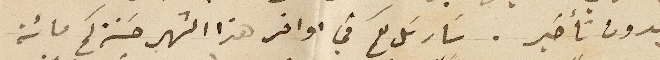
بدون تأخير. سارسل لكم في اواخر هذا الشهر حسنة كم مائة